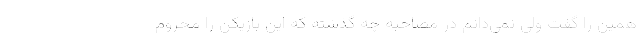
همین را گفت ولی نمی‌دانم در مصاحبه چه گذشته که این بازیکن را محروم